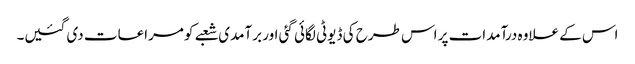
اس کے علاوہ درآمدات پر اس طرح کی ڈیوٹی لگائی گئی اور برآمدی شعبے کو مراعات دی گئیں۔